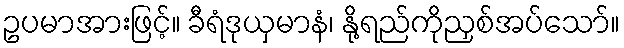
ဥပမာအားဖြင့်။ ခီရံဒုယှမာနံ၊ နို့ရည်ကိုညှစ်အပ်သော်။